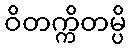
ဝိတက္ကိတမ္ပိ